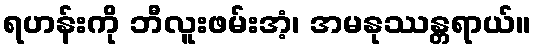
ရဟန်းကို ဘီလူးဖမ်းအံ့၊ အမနုဿန္တရာယ်။